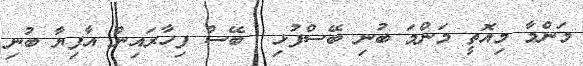
މަންމާ މިއޮތީ މަންމަ ބުނި ބޭސްފުޅި  ބޭސް ފިހާރައިން އާފިޔާ ބުނި